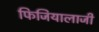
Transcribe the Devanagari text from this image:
फिजियालाजी